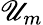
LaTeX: \mathscr{U}_{m}